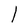
Character: l